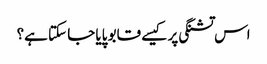
اس تشنگی پر کیسے قابو پایا جا سکتا ہے؟